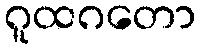
ဂူထဂတော